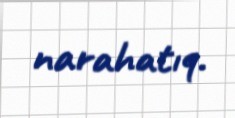
narahatıq.